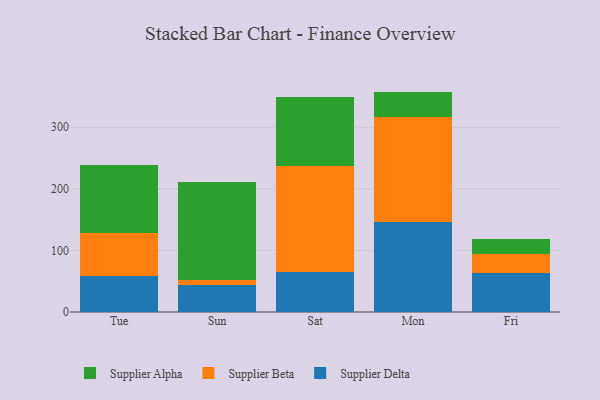
{"axis": {"x": "Day", "y": "Revenue (USD Million)"}, "legend": ["Supplier Alpha", "Supplier Beta", "Supplier Delta"], "data": [{"x": "Tue", "y": 59.1, "type": "Supplier Delta"}, {"x": "Tue", "y": 68.8, "type": "Supplier Beta"}, {"x": "Tue", "y": 110.5, "type": "Supplier Alpha"}, {"x": "Sun", "y": 44.2, "type": "Supplier Delta"}, {"x": "Sun", "y": 7.7, "type": "Supplier Beta"}, {"x": "Sun", "y": 159.6, "type": "Supplier Alpha"}, {"x": "Sat", "y": 64.9, "type": "Supplier Delta"}, {"x": "Sat", "y": 171.5, "type": "Supplier Beta"}, {"x": "Sat", "y": 112.6, "type": "Supplier Alpha"}, {"x": "Mon", "y": 145.5, "type": "Supplier Delta"}, {"x": "Mon", "y": 170.8, "type": "Supplier Beta"}, {"x": "Mon", "y": 41.4, "type": "Supplier Alpha"}, {"x": "Fri", "y": 62.7, "type": "Supplier Delta"}, {"x": "Fri", "y": 31.2, "type": "Supplier Beta"}, {"x": "Fri", "y": 25.0, "type": "Supplier Alpha"}]}